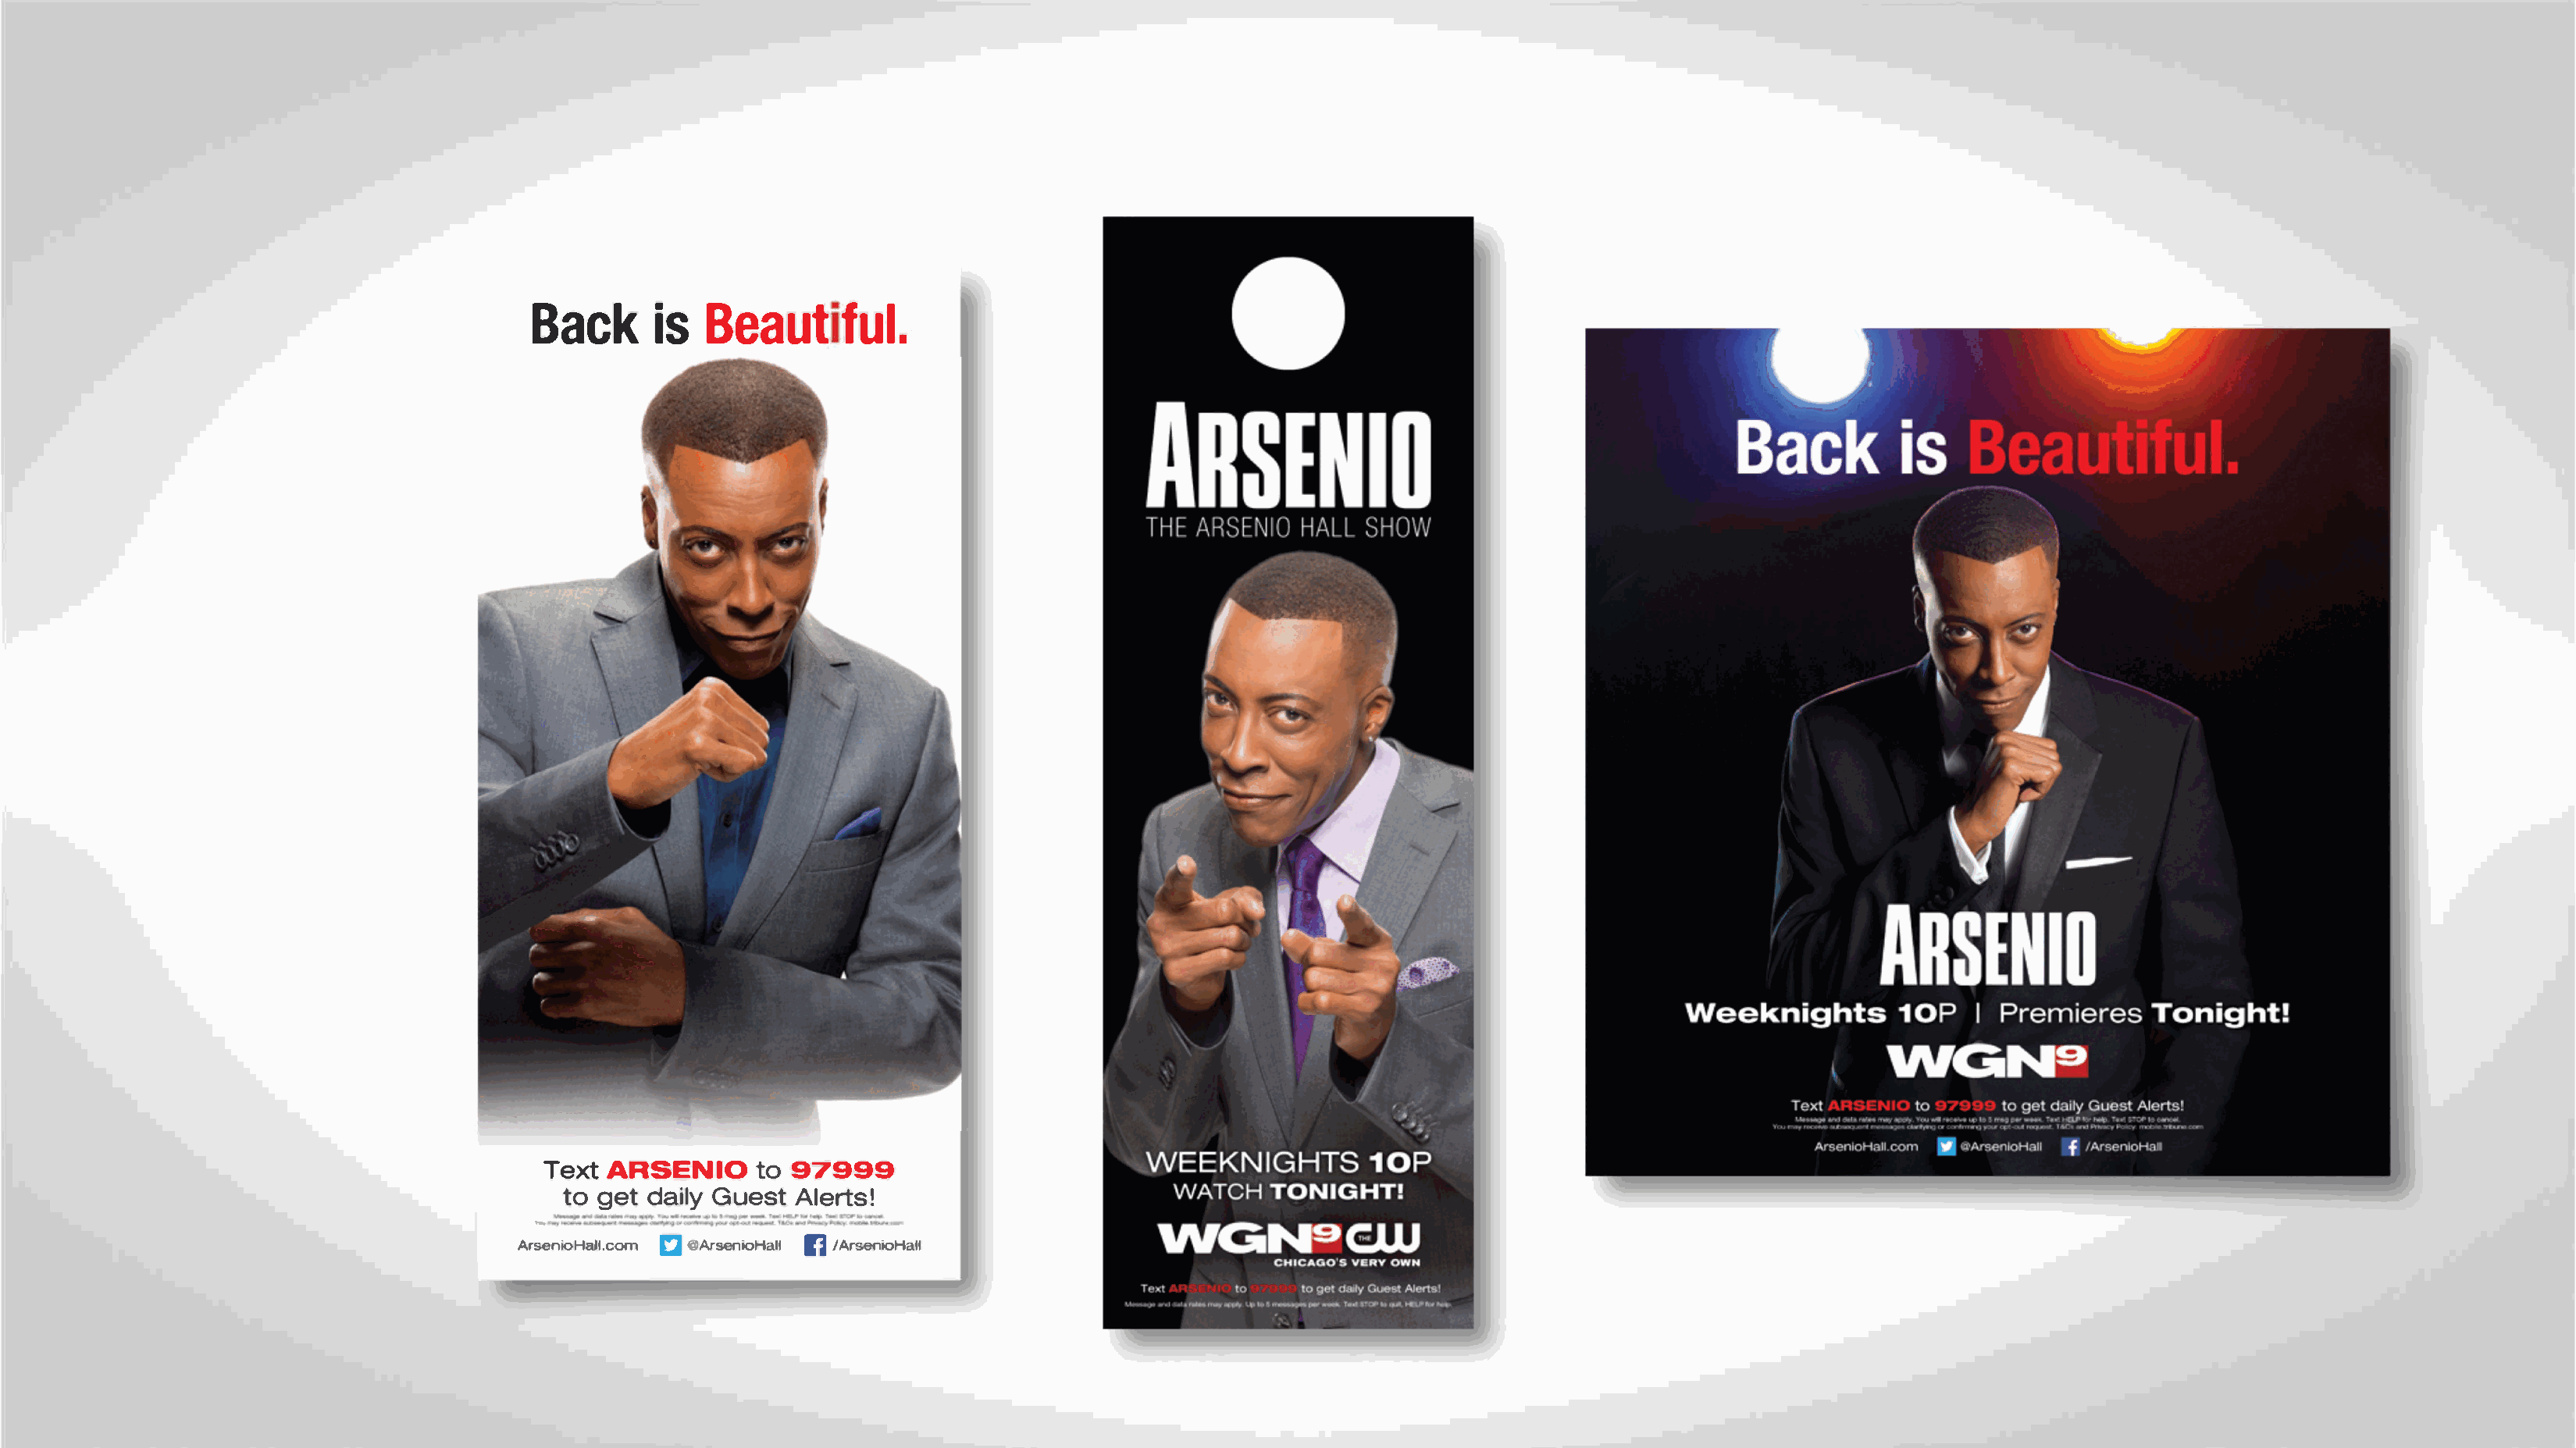
BaicBske                 1af   uutl.
 TextA  RSENIOt      o9 7999
 I
 -tog    etd alyJiG iues.Atl erts!
 l
 SJ
 Cl
 ArsenioHall.com@ ArsenioHall /ArsenioHall